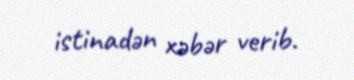
istinadən xəbər verib.